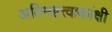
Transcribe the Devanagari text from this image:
अतिमहत्त्वाकांक्षी